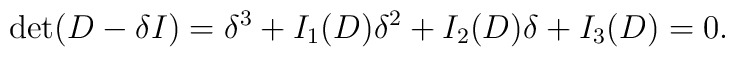
\det (D- \delta I) = \delta^3 + I_1(D) \delta^2 + I_2(D) \delta + I_3(D) =0.